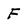
Character: F